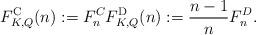
LaTeX: \begin{align*} F_{K,Q}^{\rm C}(n) := F_n^C F_{K,Q}^{\rm D}(n) := \frac{n-1}n F_n^D. \end{align*}